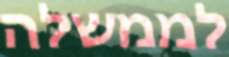
לממשלה